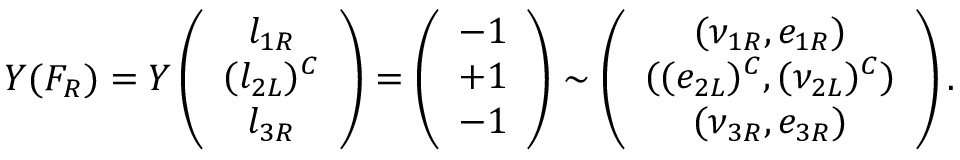
Y ( F _ { R } ) = Y \left( \begin{array} { c } { { l _ { 1 R } } } \\ { { ( l _ { 2 L } ) ^ { C } } } \\ { { l _ { 3 R } } } \end{array} \right) = \left( \begin{array} { c } { { - 1 } } \\ { { + 1 } } \\ { { - 1 } } \end{array} \right) \sim \left( \begin{array} { c } { { ( \nu _ { 1 R } , e _ { 1 R } ) } } \\ { { ( ( e _ { 2 L } ) ^ { C } , ( \nu _ { 2 L } ) ^ { C } ) } } \\ { { ( \nu _ { 3 R } , e _ { 3 R } ) } } \end{array} \right) .